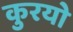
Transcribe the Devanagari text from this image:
कुरयो